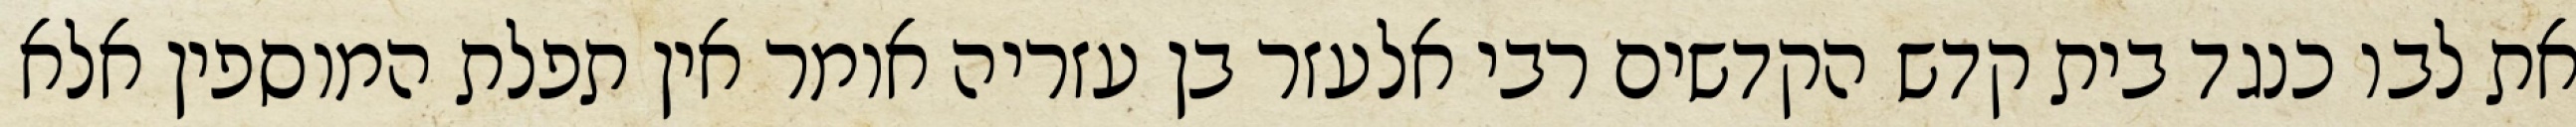
את לבו כנגד בית קדש הקדשים רבי אלעזר בן עזריה אומר אין תפלת המוספין אלא